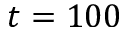
t = 1 0 0